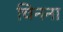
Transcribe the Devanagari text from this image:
चिनना